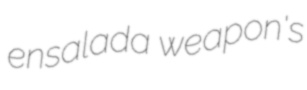
ensalada weapon's